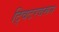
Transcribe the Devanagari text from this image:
ट्विटरवरून